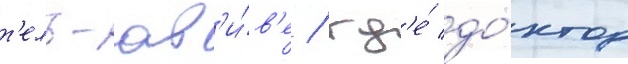
т'ель-ав'и́в'е / гд'е́ до́ктор